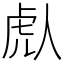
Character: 䖋